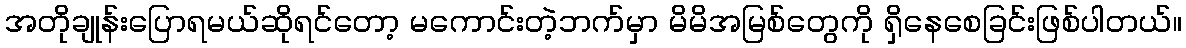
အတိုချုန်းပြောရမယ်ဆိုရင်တော့ မကောင်းတဲ့ဘက်မှာ မိမိအမြစ်တွေကို ရှိနေစေခြင်းဖြစ်ပါတယ်။